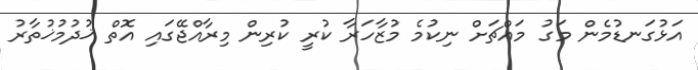
އަޅުގަނޑުމެން މަގު މައްޗަށް ނިކުމެ މުޒާހަރާ ކުރީ ކުރިން މިރާއްޖޭގައި އޮތް ޚުދުމުޚުތާރު